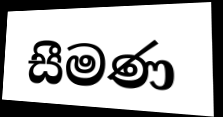
සීමණ